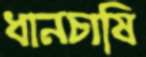
ধানচাষি